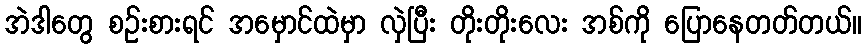
အဲဒါတွေ စဉ်းစားရင် အမှောင်ထဲမှာ လှဲပြီး တိုးတိုးလေး အစ်ကို ပြောနေတတ်တယ်။